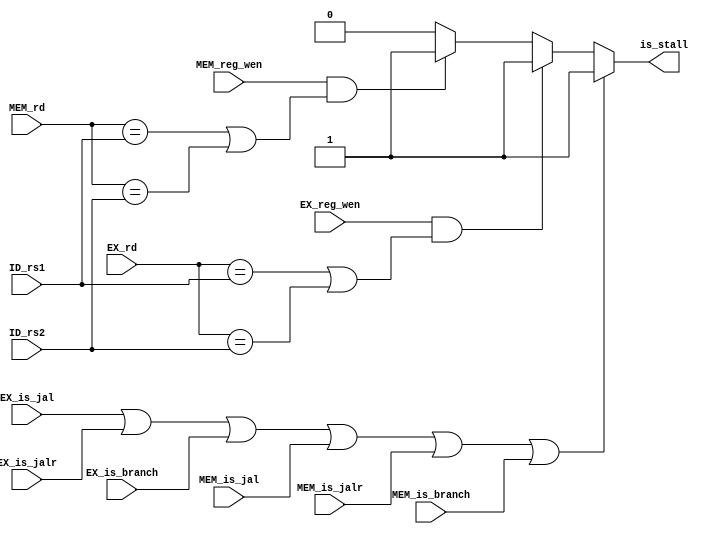
`timescale 1ns/1ps

module Stall_Ctrl(
    input wire [4:0] ID_rs1,
    input wire [4:0] ID_rs2,
    input wire [4:0] EX_rd,
    input wire [4:0] MEM_rd,

    input wire EX_reg_wen,
    input wire MEM_reg_wen,

    input wire EX_is_branch,
    input wire EX_is_jal,
    input wire EX_is_jalr,

    input wire MEM_is_branch,
    input wire MEM_is_jal,
    input wire MEM_is_jalr,

    
    output reg is_stall
);
    initial begin
        is_stall = 1'b0;
    end

  always @(*) begin
      if(EX_is_jal || EX_is_jalr || EX_is_branch 
      || MEM_is_jal || MEM_is_jalr || MEM_is_branch) begin
          is_stall = 1'b1;
      end else if(EX_reg_wen == 1'b1 && (EX_rd == ID_rs1 || EX_rd == ID_rs2)) begin
          is_stall = 1'b1;
      end else if(MEM_reg_wen == 1'b1 && (MEM_rd == ID_rs1 || MEM_rd == ID_rs2)) begin
          is_stall = 1'b1;
      end else begin
          is_stall = 1'b0;
      end

  end


endmodule